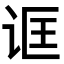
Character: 诓